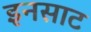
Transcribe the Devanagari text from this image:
इनसाट